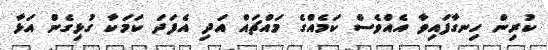
ކުރިން ހިނގާފައިވާ އެއްވެސް ކަމެއްގެ މައްޗައް އަދި އެފަދަ ކަމަކާ ގުޅިގެން އަޅާ